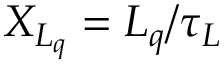
X _ { L _ { q } } = L _ { q } / \tau _ { L }